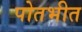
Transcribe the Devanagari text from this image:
पोतभीत